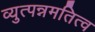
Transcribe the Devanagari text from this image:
व्युत्पन्नमतित्व